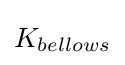
K_{bellows}